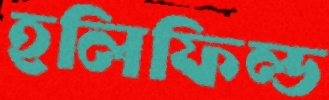
হলিফিল্ড